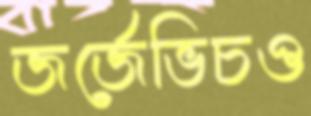
জর্জেভিচও